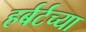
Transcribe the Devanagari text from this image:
हर्बर्टच्या